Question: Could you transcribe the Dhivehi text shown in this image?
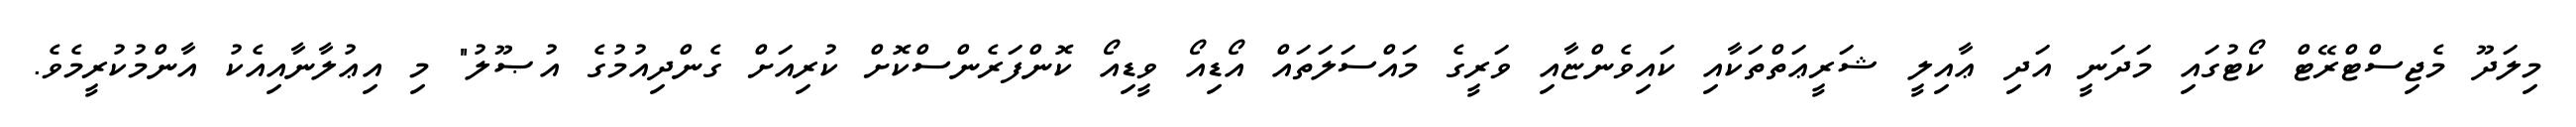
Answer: މިލަދޫ މެޖިސްޓްރޭޓް ކޯޓުގައި މަދަނީ އަދި ޢާއިލީ ޝަރީޢަތްތަކާއި ކައިވެންޏާއި ވަރީގެ މައްސަލަތައް އޯޑިއޯ ވީޑިއޯ ކޮންފަރެންސްކޮށް ކުރިއަށް ގެންދިއުމުގެ އުޞޫލު" މި އިޢުލާނާއިއެކު އާންމުކުރީމެވެ.